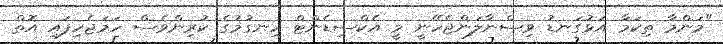
"މަންމާ ތިކަމާ އަޅުގަނޑު ވިސްނާލަންޖެހޭނީ މީ އެކްސިޑެންޓް ހިނގުމުގެ ކުރިންވެސް ހަމަޖެހިފައި އޮތް